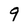
Character: 9